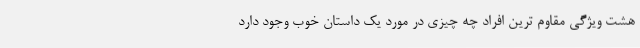
هشت ویژگی مقاوم ترین افراد چه چیزی در مورد یک داستان خوب وجود دارد